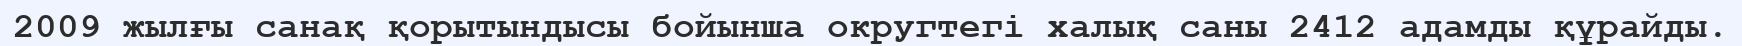
2009 жылғы санақ қорытындысы бойынша округтегі халық саны 2412 адамды құрайды.